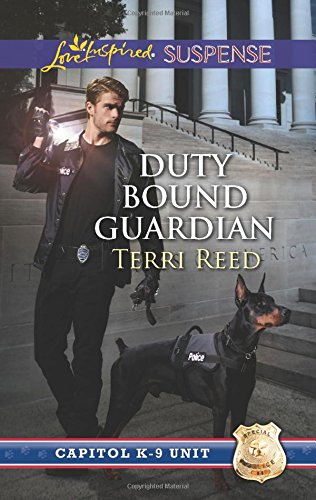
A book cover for Duty Bound Guardian (Capitol K-9 Unit); Terri Reed; Romance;